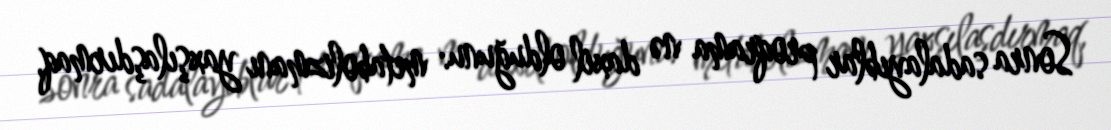
Sonra sadalayıblar proqrama nə daxil olduğunu: metabolizmanı yaxşılaşdırmaq,